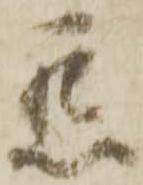
懇